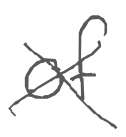
Text: of
Cross-out: cross
Writing tool: digital_gray